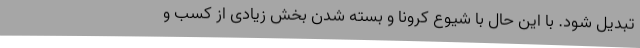
تبدیل شود. با این حال با شیوع کرونا و بسته شدن بخش زیادی از کسب و